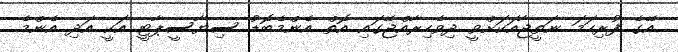
އޭގެ ފުރިހަމަ ނަތީޖާއަކަށްވީ ދިވެހިރާއްޖޭގައި އޮތް އެންމެބޮޑު ސިޔާސީޕާޓީ އަކީ އަދި އެންމެ